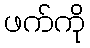
ဖက်ကို